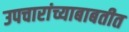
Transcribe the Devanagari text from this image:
उपचारांच्याबाबतीत